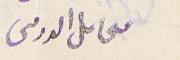
مىحاىل الدرىىى